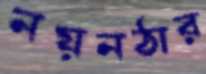
নয়নঠার